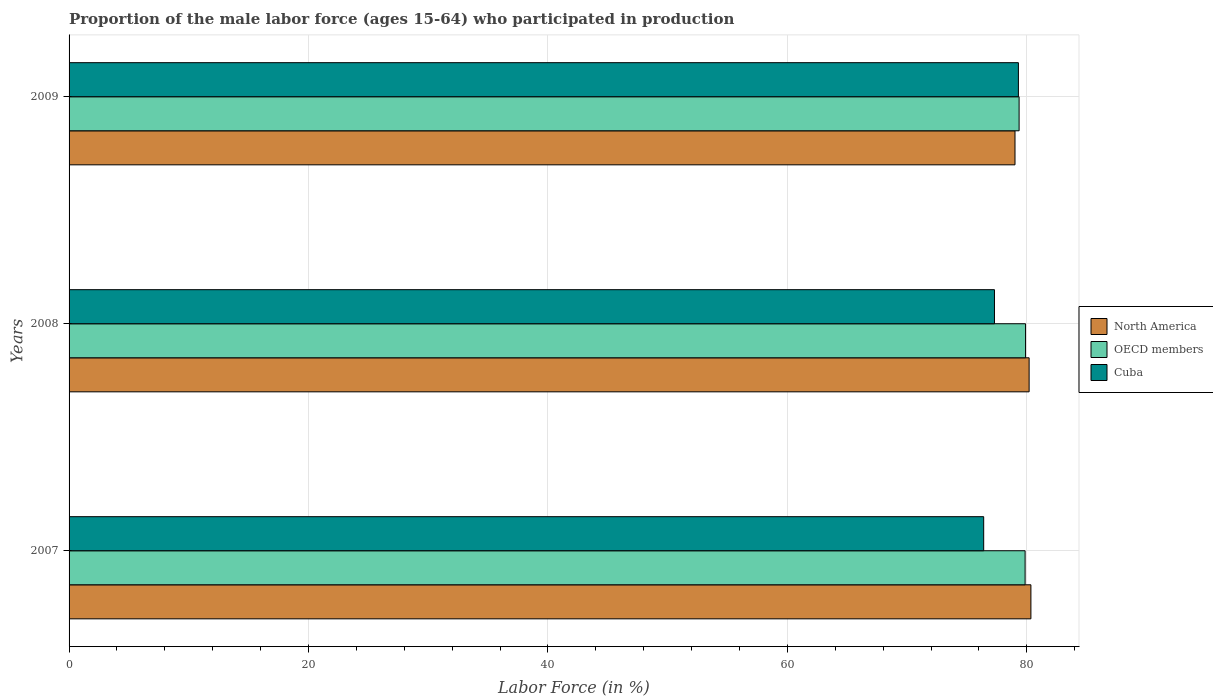
| Years | North America | OECD members | Cuba |
 | --- | --- | --- | --- |
 | 2007 | 80.3 | 79.9 | 76.4 |
 | 2008 | 80.2 | 79.9 | 77.3 |
 | 2009 | 79 | 79.4 | 79.3 |